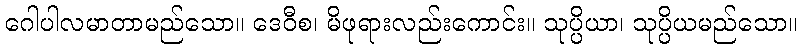
ဂေါပါလမာတာမည်သော။ ဒေဝီစ၊ မိဖုရားလည်းကောင်း။ သုပ္ပိယာ၊ သုပ္ပိယမည်သော။